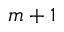
m + 1